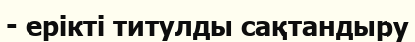
- ерікті титулды сақтандыру